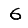
Digit: 6